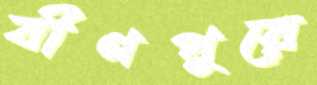
বীণপুরে